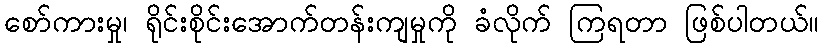
စော်ကားမှု၊ ရိုင်းစိုင်းအောက်တန်းကျမှုကို ခံလိုက် ကြရတာ ဖြစ်ပါတယ်။